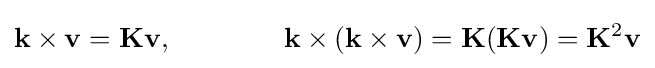
\mathbf {k} \times \mathbf {v} =\mathbf {K} \mathbf {v} ,\qquad \qquad \mathbf {k} \times (\mathbf {k} \times \mathbf {v} )=\mathbf {K} (\mathbf {K} \mathbf {v} )=\mathbf {K} ^{2}\mathbf {v}